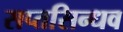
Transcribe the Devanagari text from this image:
सप्तसिन्धव